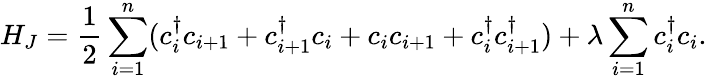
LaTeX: H_{J}=\frac{1}{2}\sum_{i=1}^{n}(c_{i}^{\dagger}c_{i+1}+c_{i+1}^{\dagger}c_{i}+c_{i}c_{i+1}+c_{i}^{\dagger}c_{i+1}^{\dagger})+\lambda\sum_{i=1}^{n}c_{i}^{\dagger}c_{i}.